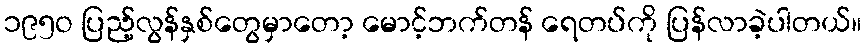
၁၉၅ဝ ပြည့်လွန်နှစ်တွေမှာတော့ မောင့်ဘက်တန် ရေတပ်ကို ပြန်လာခဲ့ပါတယ်။